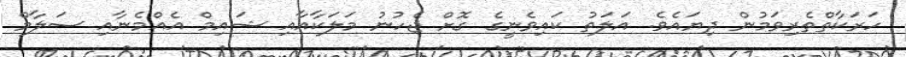
ހަރަކާތްތެރިވަމުން ދިޔައެވެ. އަލަތު ކައިވެނީގެ ގޮށް ޖެހުނު މަލަކާއާއި ޝައިމް އެއްމެނާއި ސަލާމް